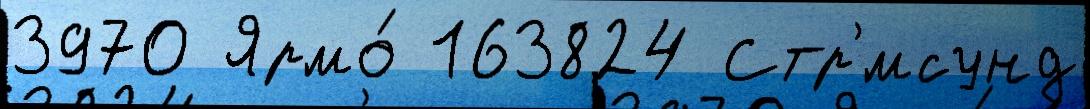
3970 Ярмо́ 163824 Стр'́мсунд